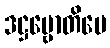
ဒဋ္ဌဗ္ဗောတိပေ